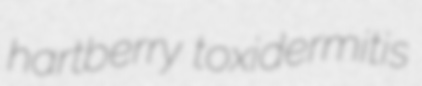
hartberry toxidermitis